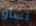
تشاو